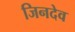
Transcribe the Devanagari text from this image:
जिनदेव